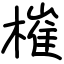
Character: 槯